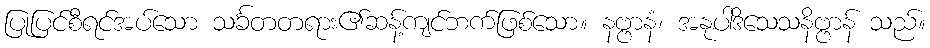
ပြုပြင်စီရင်အပ်သော သင်္ခတတရား၏ဆန့်ကျင်ဘက်ဖြစ်သော။ နဗ္ဗာနံ၊ အနုပါဒိသေသနိဗ္ဗာန် သည်။